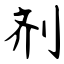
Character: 剂